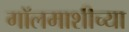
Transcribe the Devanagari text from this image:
गॉलमाशीच्या